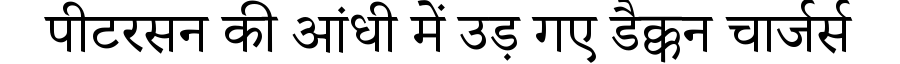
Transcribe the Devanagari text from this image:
पीटरसन की आंधी में उड़ गए डैक्कन चार्जर्स